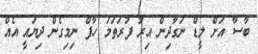
ބާސާ އަށް ލީޑް ނަގާދިން އިރު ފުރަތަމަ ހާފް ނިމިގެން ދިޔައީ އެއް